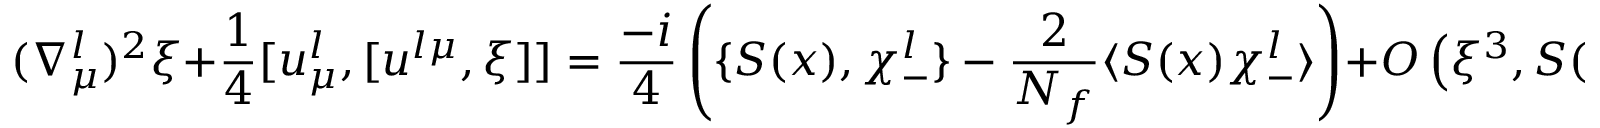
( \nabla _ { \mu } ^ { l } ) ^ { 2 } \xi + \frac { 1 } { 4 } [ u _ { \mu } ^ { l } , [ u ^ { l \mu } , \xi ] ] = \frac { - i } { 4 } \left( \{ S ( x ) , \chi _ { - } ^ { l } \} - \frac { 2 } { N _ { f } } \langle S ( x ) \chi _ { - } ^ { l } \rangle \right) + { \cal O } \left( \xi ^ { 3 } , S ( x ) \xi ^ { 2 } \right) \, .